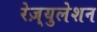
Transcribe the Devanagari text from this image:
रेज़्युलेशन